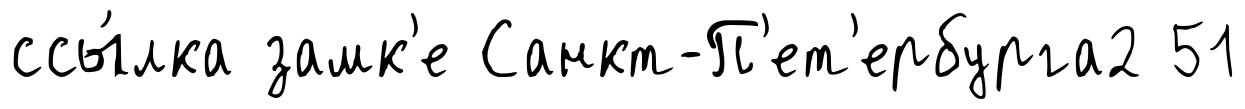
ссы́лка замк'е Санкт-П'ет'ербурга2 51